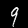
Label: 9